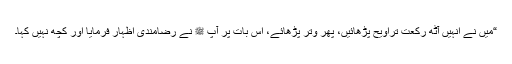
“میں نے انہیں آٹھ رکعت تراویح پڑھائیں، پھر وتر پڑھائے، اس بات پر آپ ﷺ نے رضامندی اظہار فرمایا اور کچھ نہیں کہا۔